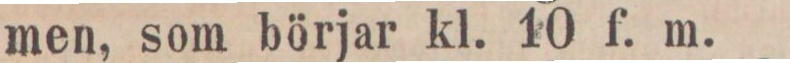
men, som börjar kl. 10 f. m.